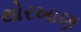
થોરખાણ